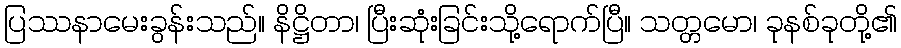
ပြဿနာမေးခွန်းသည်။ နိဋ္ဌိတာ၊ ပြီးဆုံးခြင်းသို့ရောက်ပြီ။ သတ္တမော၊ ခုနစ်ခုတို့၏